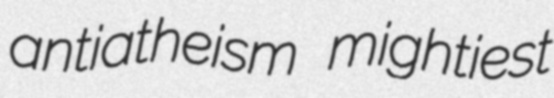
antiatheism mightiest